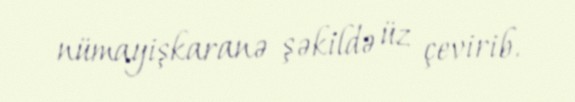
nümayişkaranə şəkildə üz çevirib.